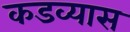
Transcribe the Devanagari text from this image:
कडव्यास